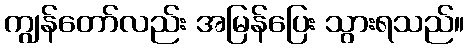
ကျွန်တော်လည်း အမြန်ပြေး သွားရသည်။